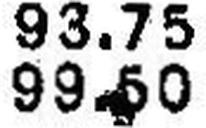
99.60